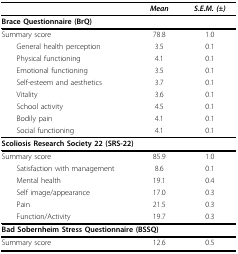
<table><thead><tr><td></td><td><b><i>Mean</i></b></td><td><b><i>S.E.M. (±)</i></b></td></tr></thead><tbody><tr><td colspan="3"><b>Brace Questionnaire (BrQ)</b></td></tr><tr><td>Summary score</td><td>78.8</td><td>1.0</td></tr><tr><td> General health perception</td><td>3.5</td><td>0.1</td></tr><tr><td> Physical functioning</td><td>4.1</td><td>0.1</td></tr><tr><td> Emotional functioning</td><td>3.5</td><td>0.1</td></tr><tr><td> Self-esteem and aesthetics</td><td>3.7</td><td>0.1</td></tr><tr><td> Vitality</td><td>3.6</td><td>0.1</td></tr><tr><td> School activity</td><td>4.5</td><td>0.1</td></tr><tr><td> Bodily pain</td><td>4.1</td><td>0.1</td></tr><tr><td> Social functioning</td><td>4.1</td><td>0.1</td></tr><tr><td colspan="3"><b>Scoliosis Research Society 22 (SRS-22)</b></td></tr><tr><td>Summary score</td><td>85.9</td><td>1.0</td></tr><tr><td> Satisfaction with management</td><td>8.6</td><td>0.1</td></tr><tr><td> Mental health</td><td>19.1</td><td>0.4</td></tr><tr><td> Self image/appearance</td><td>17.0</td><td>0.3</td></tr><tr><td> Pain</td><td>21.5</td><td>0.3</td></tr><tr><td> Function/Activity</td><td>19.7</td><td>0.3</td></tr><tr><td colspan="3"><b>Bad Sobernheim Stress Questionnaire (BSSQ)</b></td></tr><tr><td>Summary score</td><td>12.6</td><td>0.5</td></tr></tbody></table>